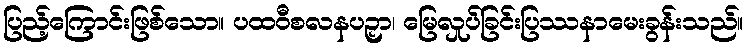
ပြည့်ကြောင်းဖြစ်သော။ ပထဝီစလနပဉှာ၊ မြေလှုပ်ခြင်းပြဿနာမေးခွန်းသည်။